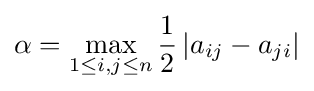
\alpha =\max _{1\leq i,j\leq n}{\frac {1}{2}}\left|a_{ij}-a_{ji}\right|